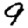
Digit: 9